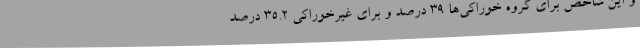
و این شاخص برای گروه خوراکی‌ها ۳۹ درصد و برای غیرخوراکی ۳۵.۲ درصد